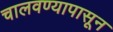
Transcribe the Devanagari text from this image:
चालवण्यापासून